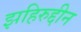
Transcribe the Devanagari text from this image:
झहिरुद्दीन